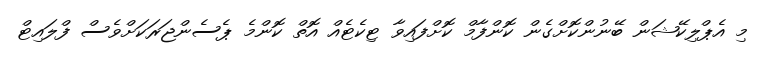
މި އެޕްލިކޭޝަން ބޭނުންކޮށްގެން ކޮންފާމް ކޮށްފައިވާ ޓިކެޓެއް އޮތް ކޮންމެ ޕެސެންޖަރަކަށްވެސް ފްލައިޓް